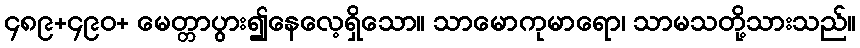
၄၈၉+၄၉၀+ မေတ္တာပွား၍နေလေ့ရှိသော။ သာမောကုမာရော၊ သာမသတို့သားသည်။